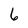
Character: 6